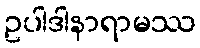
ဥပါဒါနာရာမဿ